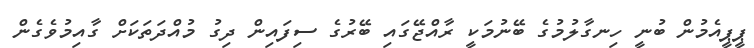
ޕީޕީއެމުން ބުނީ ހިނގާލުމުގެ ބޭނުމަކީ ރާއްޖޭގައި ބޭރުގެ ސިފައިން ދިގު މުއްދަތަކަށް ގާއިމުވެގެން